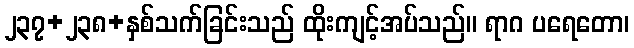
၂၃၇+၂၃၈+နှစ်သက်ခြင်းသည် ထိုးကျင့်အပ်သည်။ ရာဂ ပရေတော၊